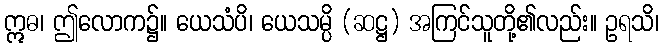
ဣဓ၊ ဤလောက၌။ ယေသံပိ၊ ယေသမ္ပိ (ဆဋ္ဌ) အကြင်သူတို့၏လည်း။ ဥရသိ၊